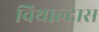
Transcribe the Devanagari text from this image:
विथाल्दास